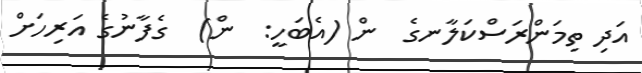
އަދި ތިމަންރަސްކަލާނގެ  ން (އެބަހީ:  ން)  ގެފާނުގެ އަރިހަށް